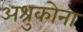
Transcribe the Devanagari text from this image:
अश्रुकोना